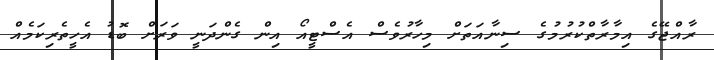
ރާއްޖޭގެ އިމާރާތްކުރުމުގެ ސިނާއަތަށް މިހާރުވެސް އެސްޓީއޯ އިން ގެންދަނީ ވަރަށް ބޮޑު އެހީތެރިކަމެއް